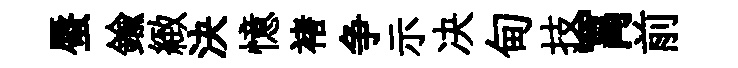
蜃鍮緻決憶褚争示决甸技罥前